system: You are a helpful assistant.
user:
Analyze the provided spectrum to determine if it is a **M-type Giant (gM)**.

A M-type Giant spectrum is defined by its **strong molecular absorption** features, particularly from **Titanium Oxide (TiO)**. You must check for one of the following mutually exclusive signatures:

- **Key Visual Indicators (Absorption-Dominated Spectrum):**

    - **(Primary):** The spectrum is dominated by strong molecular absorption from **Titanium Oxide (TiO)**. This is the **defining feature** of its M-type temperature class.
        - **(Key Bandheads):** Look for sharp, "saw-tooth" absorption valleys. The strongest are located near **~7050 Å**, **~6160 Å**, and **~5170 Å**.
        - **(Line Profile):** The "saw-tooth" morphology is critical: a **sharp, steep drop on the BLUE (short-wavelength) side** of the bandhead, followed by a gradual recovery (rising flux) towards the RED (long-wavelength) side.

    - **(Key Confirmation - Giant vs. Dwarf):** **ABSENCE** of strong **Calcium Hydride (CaH)** molecular bands. This is the primary diagnostic for *excluding* M-dwarfs.
        - **(Key Region):** The spectrum should lack the strong, broad absorption band seen in dwarfs between **~6800 Å and ~7000 Å**.

    - **(Secondary Confirmation - Giant):** A very strong and broad **Neutral Calcium (Ca I)** atomic absorption line.
        - **(Key Line):** Located at **~4226 Å**. In a giant (gM), this line is significantly deeper and broader than the same line in an M-dwarf (dM) due to low surface gravity.

    - **(Overall Spectrum):**
        - The continuum is **extremely red-sloping** (i.e., flux is very low in the blue and rises dramatically towards the red).
        - The entire spectrum appears "chopped up" by the deep TiO bands.

Think first, call **spectral_visualization_tool** if needed to examine features in detail, then provide your final answer. Your response must adhere to the following strict rules:
1.  **Overall Structure:** Your response must follow the format `<think>...</think> <tool_call>...</tool_call> (if a tool is used) <answer>...</answer>`.
2.  **Tool Usage Constraint:** You may only make **one** tool call per turn.
3.  **Final Answer Format:** In the `<answer>` tag, your conclusion must be inside a `\boxed{}` command (e.g., `\boxed{YES}` or `\boxed{NO}`), followed by your justification.

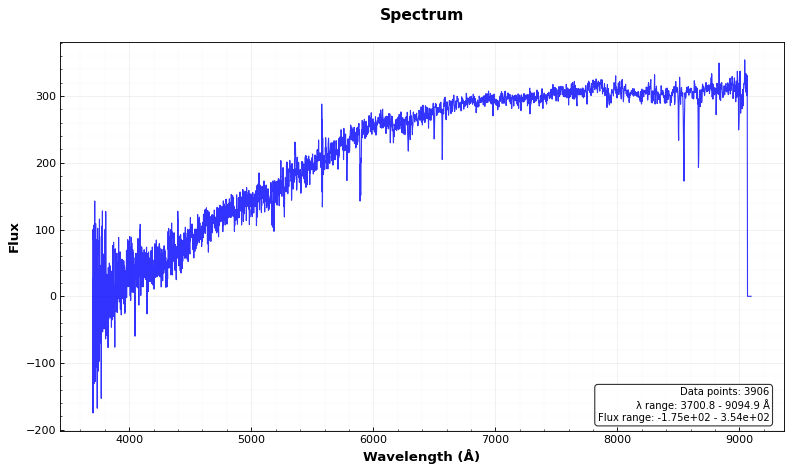
Answer: NO